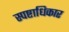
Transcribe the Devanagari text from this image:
स्पष्टाधिकार